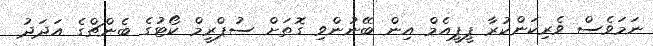
ނަމަވެސް ވެރިކަންކުރާ ޕީޕީއެމް އިން ބޭނުންވި ގޮތަށް ސުޕްރީމް ކޯޓުގެ ބެންޗްގެ އަދަދު